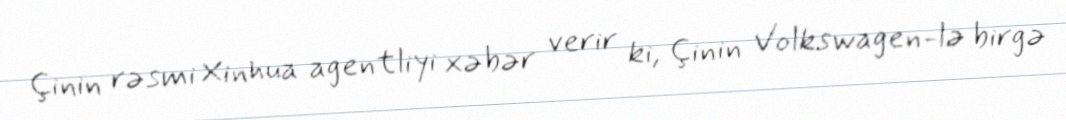
Çinin rəsmi Xinhua agentliyi xəbər verir ki, Çinin Volkswagen-lə birgə